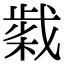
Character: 𢧹